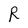
Character: R